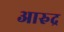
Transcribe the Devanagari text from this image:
आरुद्र